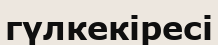
гүлкекіресі